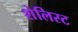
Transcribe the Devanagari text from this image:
शेलिस्ट